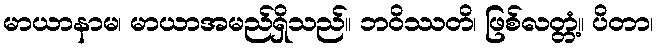
မာယာနာမ၊ မာယာအမည်ရှိသည်။ ဘဝိဿတိ၊ ဖြစ်လတ္တံ့။ ပိတာ၊